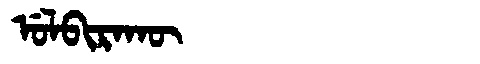
Manchu: ᡠᠯᠪᡳᡵᠠᡴᡡ
Romanization: ULBIRAKŪ